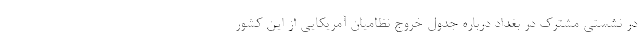
در نشستی مشترک در بغداد درباره جدول خروج نظامیان آمریکایی از این کشور